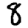
Digit: 8